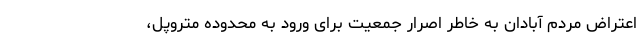
اعتراض مردم آبادان به خاطر اصرار جمعیت برای ورود به محدوده متروپل،